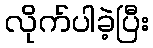
လိုက်ပါခဲ့ပြီး